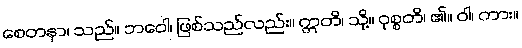
စေတနာ၊ သည်။ ဘဝေါ၊ ဖြစ်သည်လည်း။ ဣတိ၊ သို့။ ဝုစ္စတိ၊ ၏။ ဝါ၊ ကား။